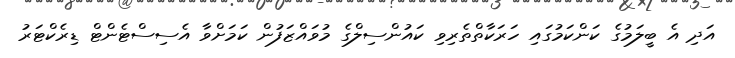
އަދި އެ ބީލަމުގެ ކަންކަމުގައި ހަރަކާތްތެރިވި ކައުންސިލްގެ މުވައްޒަފުން ކަމަށްވާ އެސިސްޓެންޓް ޑިރެކްޓަރު